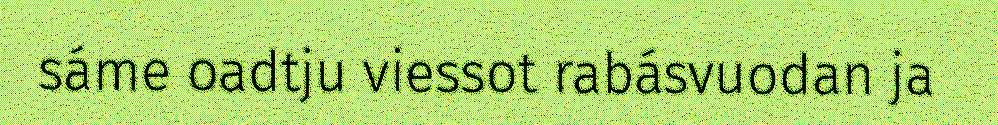
sáme oadtju viessot rabásvuodan ja